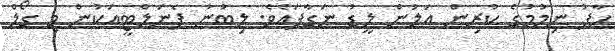
ހާފު ނިމުމުގެ ކުރިން އަލުން ލީޑު ނަގާފައެވެ. ލިބުނު ޕެނަލްޓީއަކުން މި ގޯލް